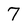
Character: 7